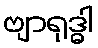
ဗျာရုဒ္ဓါ